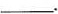
\underline.